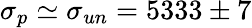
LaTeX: \sigma_{p}\simeq\sigma_{un}=5333\pm 7